Annual report of the Punjab Veterinary College and of the Civil Veterinary Department, Punjab - 1920-1925
Year: 1920
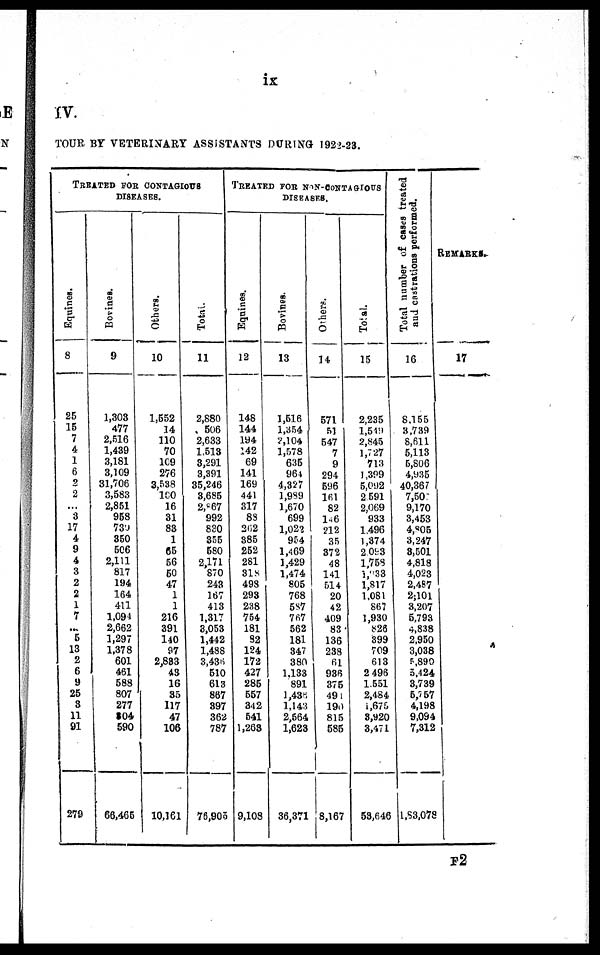
ix
I V .
TOUR B Y VETERI NARY ASSI STANTS DURI NG- 1922- 23.
TREATED FOR CONTAGIOUS
DISEASES.
Equines.
8
25
15 7 4 1 6 2 2
... 3
17 4 9 4 3 2 2 1
7
... 5
13 2 6 9
25 3
11
91
279
Bovines.
9
1, 303
477
2, 516
1, 439
3, 181
3, 109
31, 706
3, 583
2, 851 958 730 350 506
2, 111 817 194
164 411
1, 094
2, 662
1, 297
1, 378 601 461 588 807 277
204 590
66, 465
Others.
10
1, 552
14
110 70
109 276
3, 538 100 16 31 83 1
65 56 50 47 1 1
216 391 140 97
2, 833 43 16 35
117 47
106
10, 161
Tot al .
11
2, 880
506
2, 633
1, 513
3, 291
3, 391
35, 246
3, 685
2, 867 992 830 355 580
2, 171 870 243 167
413
1, 317
3, 053
1, 442
1, 488
3, 436 510
613 867 397 362 787
76, 905
TREATED FOR NON-CONTA
DISEASES.
Equine s .
12
148
144 194 142 69
141
169 441 317 88
262
385 252 281 318 498 293 238 754 181 82
124
172 427 285 557 342 541
1, 263
9, 108
Bovine s
.
13
1, 516
1, 354
2, 104
1, 578 635 964
4, 327
1, 989
1, 670 699
1, 022 954
1, 469
1, 429
1, 474 805 768 587 767 562
181 347 380
1, 133 891
1, 436
1, 143
2, 564
1, 623
36, 371
Others.
14
571
51
547 7 9
294 596 161 82
146
212 35
372 48
141 514 20 42
409 83
136 238 61
936 375
491 190 815 585
8, 167
Tot al .
15
2, 235
1, 549
2, 845
1, 727 713
1,399
5, 092
2 5 9 1
2, 069 933
1, 496
1, 374
2, 093
1, 758
1,933 1, 817
1, 081 867
1, 930 826 399 709 613
2, 496
1, 551
2, 484
1, 675
3, 920
3, 471
53, 646
Total number of cases treated
and castrations performed.
16
8, 155
3, 739
8, 611
5, 113
5, 806
4, 935
40, 367
7, 507
9, 170
3, 453
4, 805
3, 247
3, 501
4, 818
4, 023
2, 487
2, 10l
3, 207
5, 793
4, 838
2, 950
3, 038
5, 890
5, 424
3, 739
5, 7 57
4, 198
9, 094
7, 312
1, 83, 078
REMARKS.
17
F2